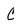
Character: C